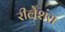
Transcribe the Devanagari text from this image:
रीलेशंस